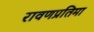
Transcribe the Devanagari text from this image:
रावणप्रतिमा